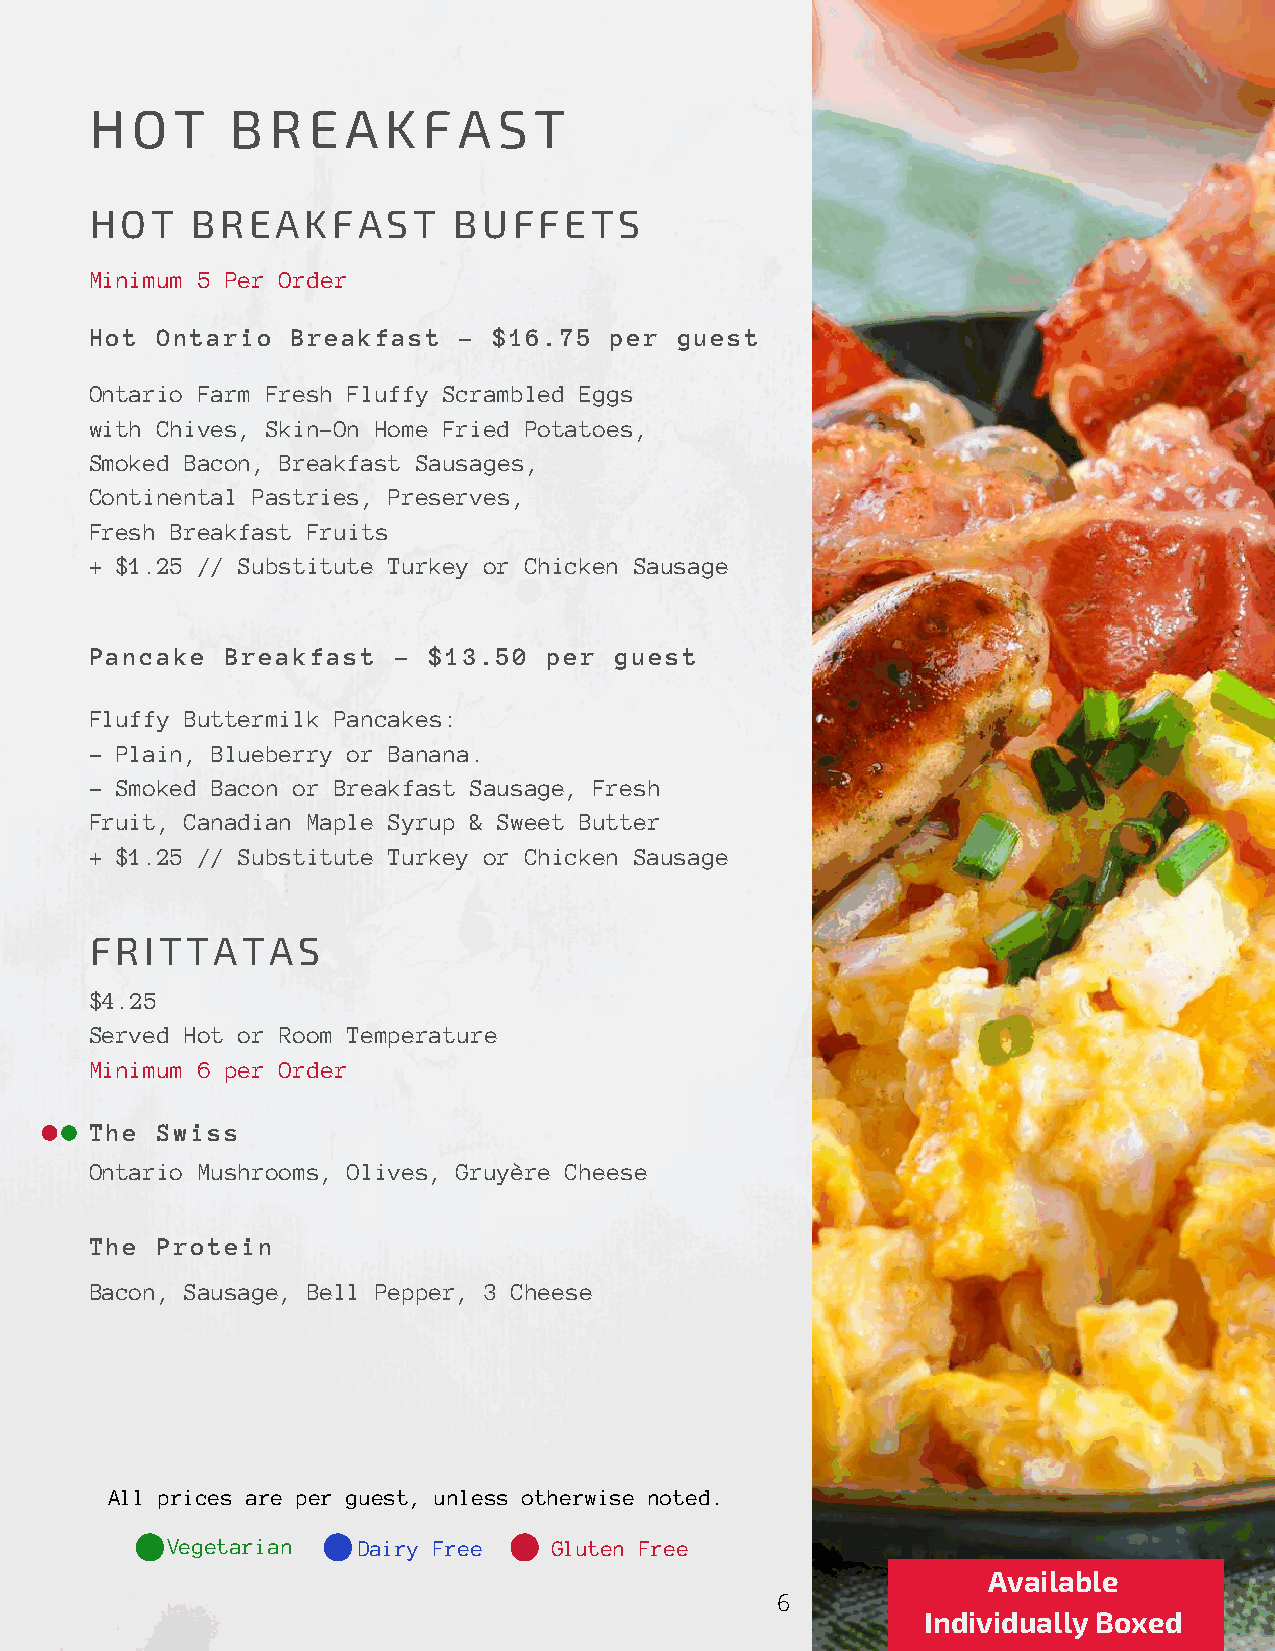
H  O  T  B  R E  A K  F A  S T
 HOT    BREAKFAST        BUFFETS
 Minimum 5 Per Order
 Hot Ontario  Breakfast  -  $16.75 per  guest
 Ontario Farm Fresh Fluffy Scrambled Eggs
 with Chives, Skin-On Home Fried Potatoes,
 Smoked Bacon, Breakfast Sausages,
 Continental Pastries, Preserves,
 Fresh Breakfast Fruits
 + $1.25 // Substitute Turkey or Chicken Sausage
 Pancake  Breakfast  - $13.50  per  guest
 Fluffy Buttermilk Pancakes:
 - Plain, Blueberry or Banana.
 - Smoked Bacon or Breakfast Sausage, Fresh
 Fruit, Canadian Maple Syrup & Sweet Butter
 + $1.25 // Substitute Turkey or Chicken Sausage
 FRITTATAS
 $4.25
 Served Hot or Room Temperature
 Minimum 6 per Order
 The Swiss
 Ontario Mushrooms, Olives, Gruyère Cheese
 The Protein
 Bacon, Sausage, Bell Pepper, 3 Cheese
 All prices are per guest, unless otherwise noted.
 Vegetarian   Dairy Free   Gluten Free
 Available
 6
 Individually Boxed